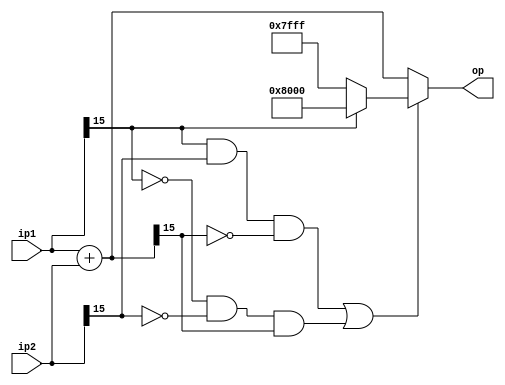
`timescale 1ns / 1ps
// fixed point addition
module NBitAdder #(parameter
        N = 16
    )(
        input [N-1:0] ip1,
        input [N-1:0] ip2,
        output [N-1:0] op
    );
    localparam N_BIT_MIN = {1'b1,{(N-1){1'b0}}};
    localparam N_BIT_MAX = {1'b0,{(N-1){1'b1}}};

    wire [N-1:0] addResult;
    wire carry;
    wire overflow;

    assign {carry,addResult} = ip1+ip2;
    assign overflow = (ip1[N-1] & ip2[N-1] & ~addResult[N-1])  
                        | (~ip1[N-1] & ~ip2[N-1] & addResult[N-1] );

    assign op = overflow ? (ip1[N-1] ? N_BIT_MIN : N_BIT_MAX) : addResult;

endmodule